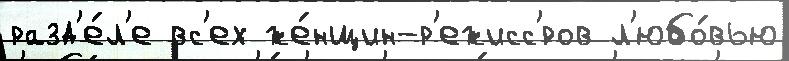
разд'е́л'е вс'ех же́нщин-р'ежисс'́ров л'юбо́вью